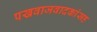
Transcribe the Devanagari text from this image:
पखवाजवादकांसह